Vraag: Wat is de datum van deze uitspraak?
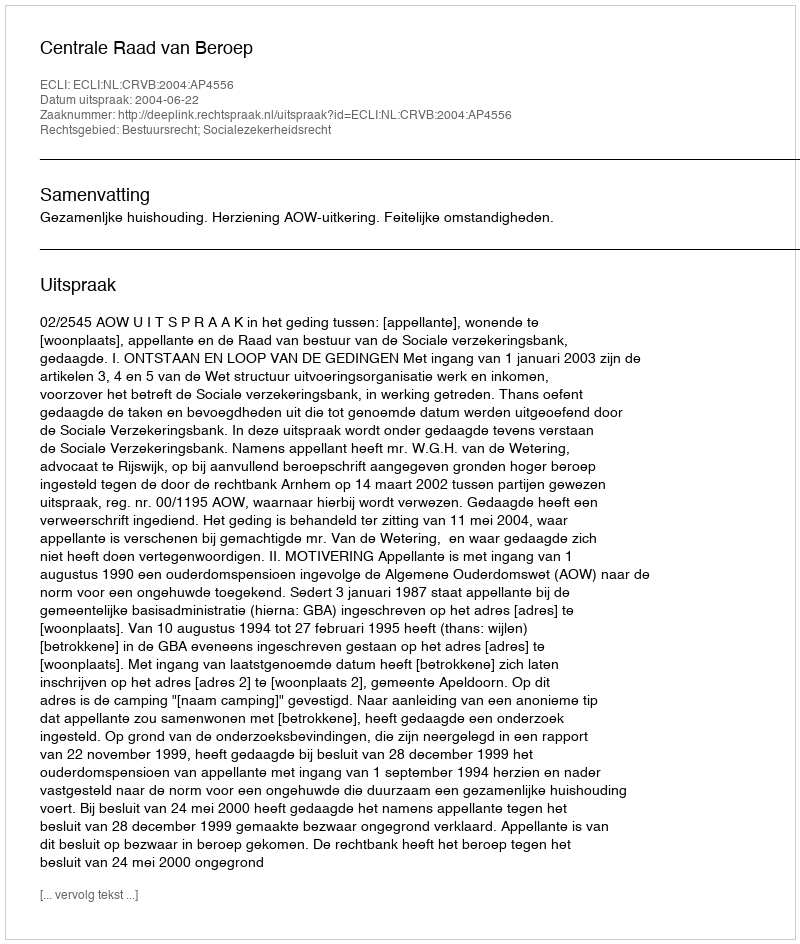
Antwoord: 2004-06-22